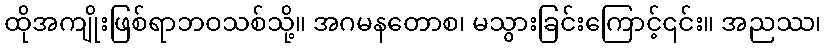
ထိုအကျိုးဖြစ်ရာဘဝသစ်သို့။ အဂမနတောစ၊ မသွားခြင်းကြောင့်၎င်း။ အညဿ၊